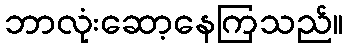
ဘာလုံးဆော့နေကြသည်။